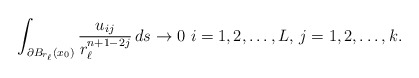
\begin{align*}\displaystyle\int_{\partial B_{r_{\ell}}(x_0)} \frac{u_{ij}}{r_{\ell}^{n+1-2j}} \,ds \rightarrow 0 \,\, i=1,2,\ldots,L,\, j=1,2,\ldots,k.\end{align*}